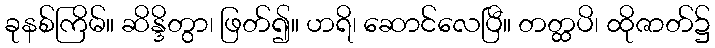
ခုနစ်ကြိမ်။ ဆိန္ဒိတွာ၊ ဖြတ်၍။ ဟရိ၊ ဆောင်လေပြီ။ တတ္ထပိ၊ ထိုဇာတ်၌